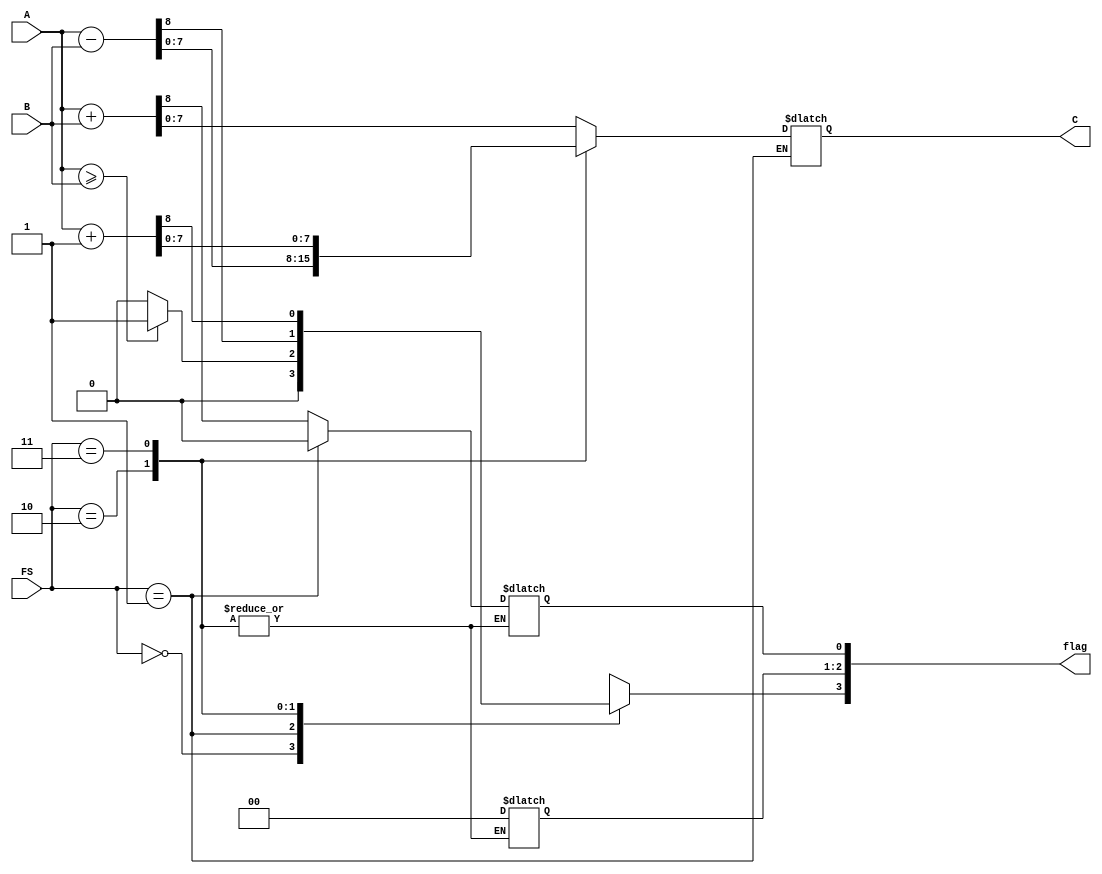

module ALU( input[7:0] A,B,input[1:0] FS, output reg [7:0]C, output reg [7:0]flag);

reg [8:0]op;

always @(*) 
begin
case(FS)
    2'b00:begin op=A+B;C=op[7:0];flag[0]=op[8];flag[3:1]=3'b0;
    end 
    2'b01:begin flag[3]=(A>=B)?8'd1:8'd0;flag[2:0]=3'b0;
    end
    2'b10:begin op=A-B;C=op[7:0];flag[3]=op[8];
    end
    2'b11:begin op=A+ 1'b1;C=op[7:0];flag[3]=op[8];
    end
endcase
end
endmodule